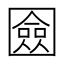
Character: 𭍴